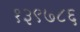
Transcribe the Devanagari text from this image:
१३९७८६